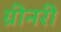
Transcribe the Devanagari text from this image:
ग्रीनरी